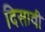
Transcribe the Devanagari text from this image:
दिसावी